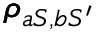
\pmb { \rho } _ { a S , b S ^ { \prime } }